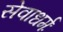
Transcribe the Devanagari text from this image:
सेवाधर्मः